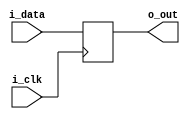

module m_send(input i_clk, input [31:0] i_data, output reg [31:0] o_out);
  always @(posedge i_clk) begin
    o_out <= i_data;
  end
endmodule

module m_reset(input i_clk, i_reset, input [31:0] i_data, output reg [31:0] o_out);
  always @(posedge i_clk) begin
    if (i_reset) o_out <= 0;
    else o_out <= i_data;
  end
endmodule